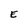
Character: E